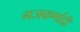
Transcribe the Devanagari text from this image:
गजकर्णादी